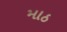
માઠ